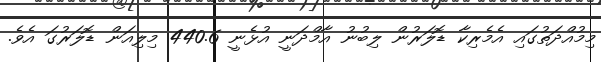
މިމުއްދަތުގައި އެމެރިކާ ޑޮލަރުން ލިބުނު އާމްދަނީ އުޅެނީ 440.6 މިލިއަން ޑޮލަރުގަ އެވެ.